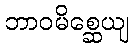
ဘာဝမိစ္ဆေယျ